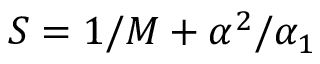
S = 1 / M + \alpha ^ { 2 } / \alpha _ { 1 }